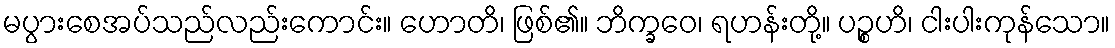
မပွားစေအပ်သည်လည်းကောင်း။ ဟောတိ၊ ဖြစ်၏။ ဘိက္ခဝေ၊ ရဟန်းတို့။ ပဉ္စဟိ၊ ငါးပါးကုန်သော။